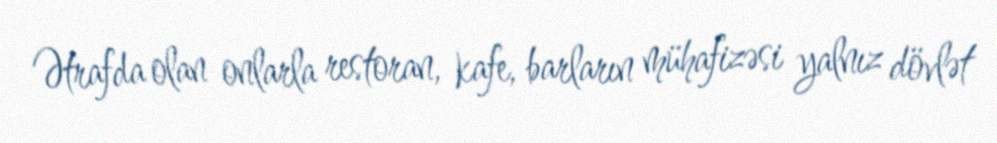
Ətrafda olan onlarla restoran, kafe, barların mühafizəsi yalnız dövlət